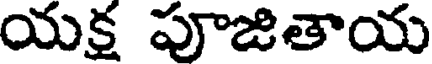
యక్ష పూజితాయ